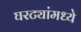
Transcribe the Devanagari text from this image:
घरट्यांमध्ये